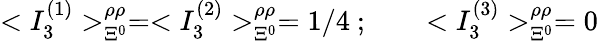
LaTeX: <{I}_{3}^{(1)}>_{\Xi^{0}}^{\rho\rho}=<{I}_{3}^{(2)}>_{\Xi^{0}}^{\rho\rho}=1/4\ ;\qquad<{I}_{3}^{(3)}>_{\Xi^{0}}^{\rho\rho}=0